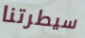
سيطرتنا